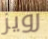
رويز